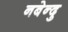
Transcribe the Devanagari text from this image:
नबेन्दु